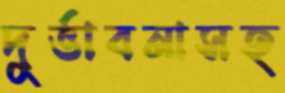
দুর্ভাবনাসহ